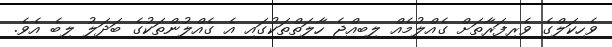
ވެހިކަލްގެ ވެރިފަރާތަށް ގެއްލުމެއް ލިބިއްޖެ ހާލަތްތަކުގައި އެ ގެއްލުންތަކުގެ ބަދަލު ލިބެ އެވެ.